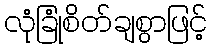
လုံခြုံစိတ်ချစွာဖြင့်